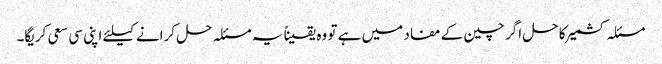
مسئلہ کشمیر کا حل اگر چین کے مفاد میں ہے تو وہ یقیناً یہ مسئلہ حل کرانے کیلئے اپنی سی سعی کریگا۔